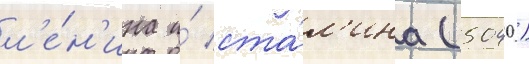
л'е́н'ина и́ ста́л'ина (5040)